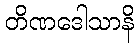
တိဏဒေါသာနိ